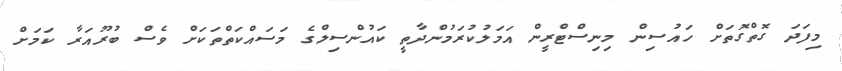
މިފަދަ ގޮތްގޮތަށް ހައުސިން މިނިސްޓްރީން އަމަލުކުރަމުންދާތީ ކައުންސިލްގެ މަސައްކަތްތަކަށް ވެސް ބުރޫއަރާ ކަމަށް